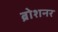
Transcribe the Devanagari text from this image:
ब्रोशनर